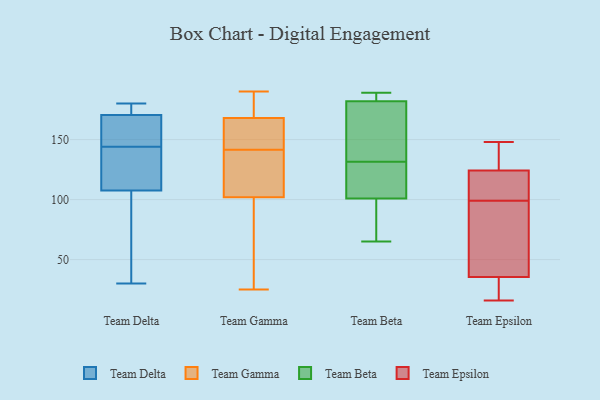
{"axis": {"x": "Waste Production (Tons)", "y": "Value"}, "legend": ["Team Beta", "Team Delta", "Team Epsilon", "Team Gamma"], "data": [{"x": "", "y": 167, "type": "Team Delta"}, {"x": "", "y": 180, "type": "Team Delta"}, {"x": "", "y": 114, "type": "Team Delta"}, {"x": "", "y": 142, "type": "Team Delta"}, {"x": "", "y": 105, "type": "Team Delta"}, {"x": "", "y": 146, "type": "Team Delta"}, {"x": "", "y": 174, "type": "Team Delta"}, {"x": "", "y": 30, "type": "Team Delta"}, {"x": "", "y": 91, "type": "Team Delta"}, {"x": "", "y": 56, "type": "Team Delta"}, {"x": "", "y": 114, "type": "Team Delta"}, {"x": "", "y": 110, "type": "Team Delta"}, {"x": "", "y": 162, "type": "Team Delta"}, {"x": "", "y": 180, "type": "Team Delta"}, {"x": "", "y": 175, "type": "Team Delta"}, {"x": "", "y": 164, "type": "Team Delta"}, {"x": "", "y": 185, "type": "Team Gamma"}, {"x": "", "y": 185, "type": "Team Gamma"}, {"x": "", "y": 147, "type": "Team Gamma"}, {"x": "", "y": 114, "type": "Team Gamma"}, {"x": "", "y": 140, "type": "Team Gamma"}, {"x": "", "y": 168, "type": "Team Gamma"}, {"x": "", "y": 143, "type": "Team Gamma"}, {"x": "", "y": 182, "type": "Team Gamma"}, {"x": "", "y": 54, "type": "Team Gamma"}, {"x": "", "y": 37, "type": "Team Gamma"}, {"x": "", "y": 102, "type": "Team Gamma"}, {"x": "", "y": 30, "type": "Team Gamma"}, {"x": "", "y": 153, "type": "Team Gamma"}, {"x": "", "y": 25, "type": "Team Gamma"}, {"x": "", "y": 134, "type": "Team Gamma"}, {"x": "", "y": 145, "type": "Team Gamma"}, {"x": "", "y": 131, "type": "Team Gamma"}, {"x": "", "y": 190, "type": "Team Gamma"}, {"x": "", "y": 132, "type": "Team Beta"}, {"x": "", "y": 140, "type": "Team Beta"}, {"x": "", "y": 84, "type": "Team Beta"}, {"x": "", "y": 129, "type": "Team Beta"}, {"x": "", "y": 90, "type": "Team Beta"}, {"x": "", "y": 189, "type": "Team Beta"}, {"x": "", "y": 114, "type": "Team Beta"}, {"x": "", "y": 65, "type": "Team Beta"}, {"x": "", "y": 168, "type": "Team Beta"}, {"x": "", "y": 183, "type": "Team Beta"}, {"x": "", "y": 131, "type": "Team Beta"}, {"x": "", "y": 183, "type": "Team Beta"}, {"x": "", "y": 182, "type": "Team Beta"}, {"x": "", "y": 101, "type": "Team Beta"}, {"x": "", "y": 16, "type": "Team Epsilon"}, {"x": "", "y": 99, "type": "Team Epsilon"}, {"x": "", "y": 18, "type": "Team Epsilon"}, {"x": "", "y": 58, "type": "Team Epsilon"}, {"x": "", "y": 141, "type": "Team Epsilon"}, {"x": "", "y": 28, "type": "Team Epsilon"}, {"x": "", "y": 148, "type": "Team Epsilon"}, {"x": "", "y": 76, "type": "Team Epsilon"}, {"x": "", "y": 102, "type": "Team Epsilon"}, {"x": "", "y": 128, "type": "Team Epsilon"}, {"x": "", "y": 113, "type": "Team Epsilon"}]}